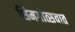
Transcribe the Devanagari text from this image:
शिमगोत्सवात